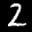
Label: 2